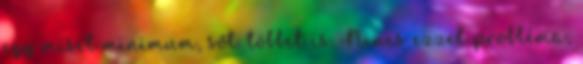
egy misét minimum, sőt. többet is. Nincs ezzel probléma,